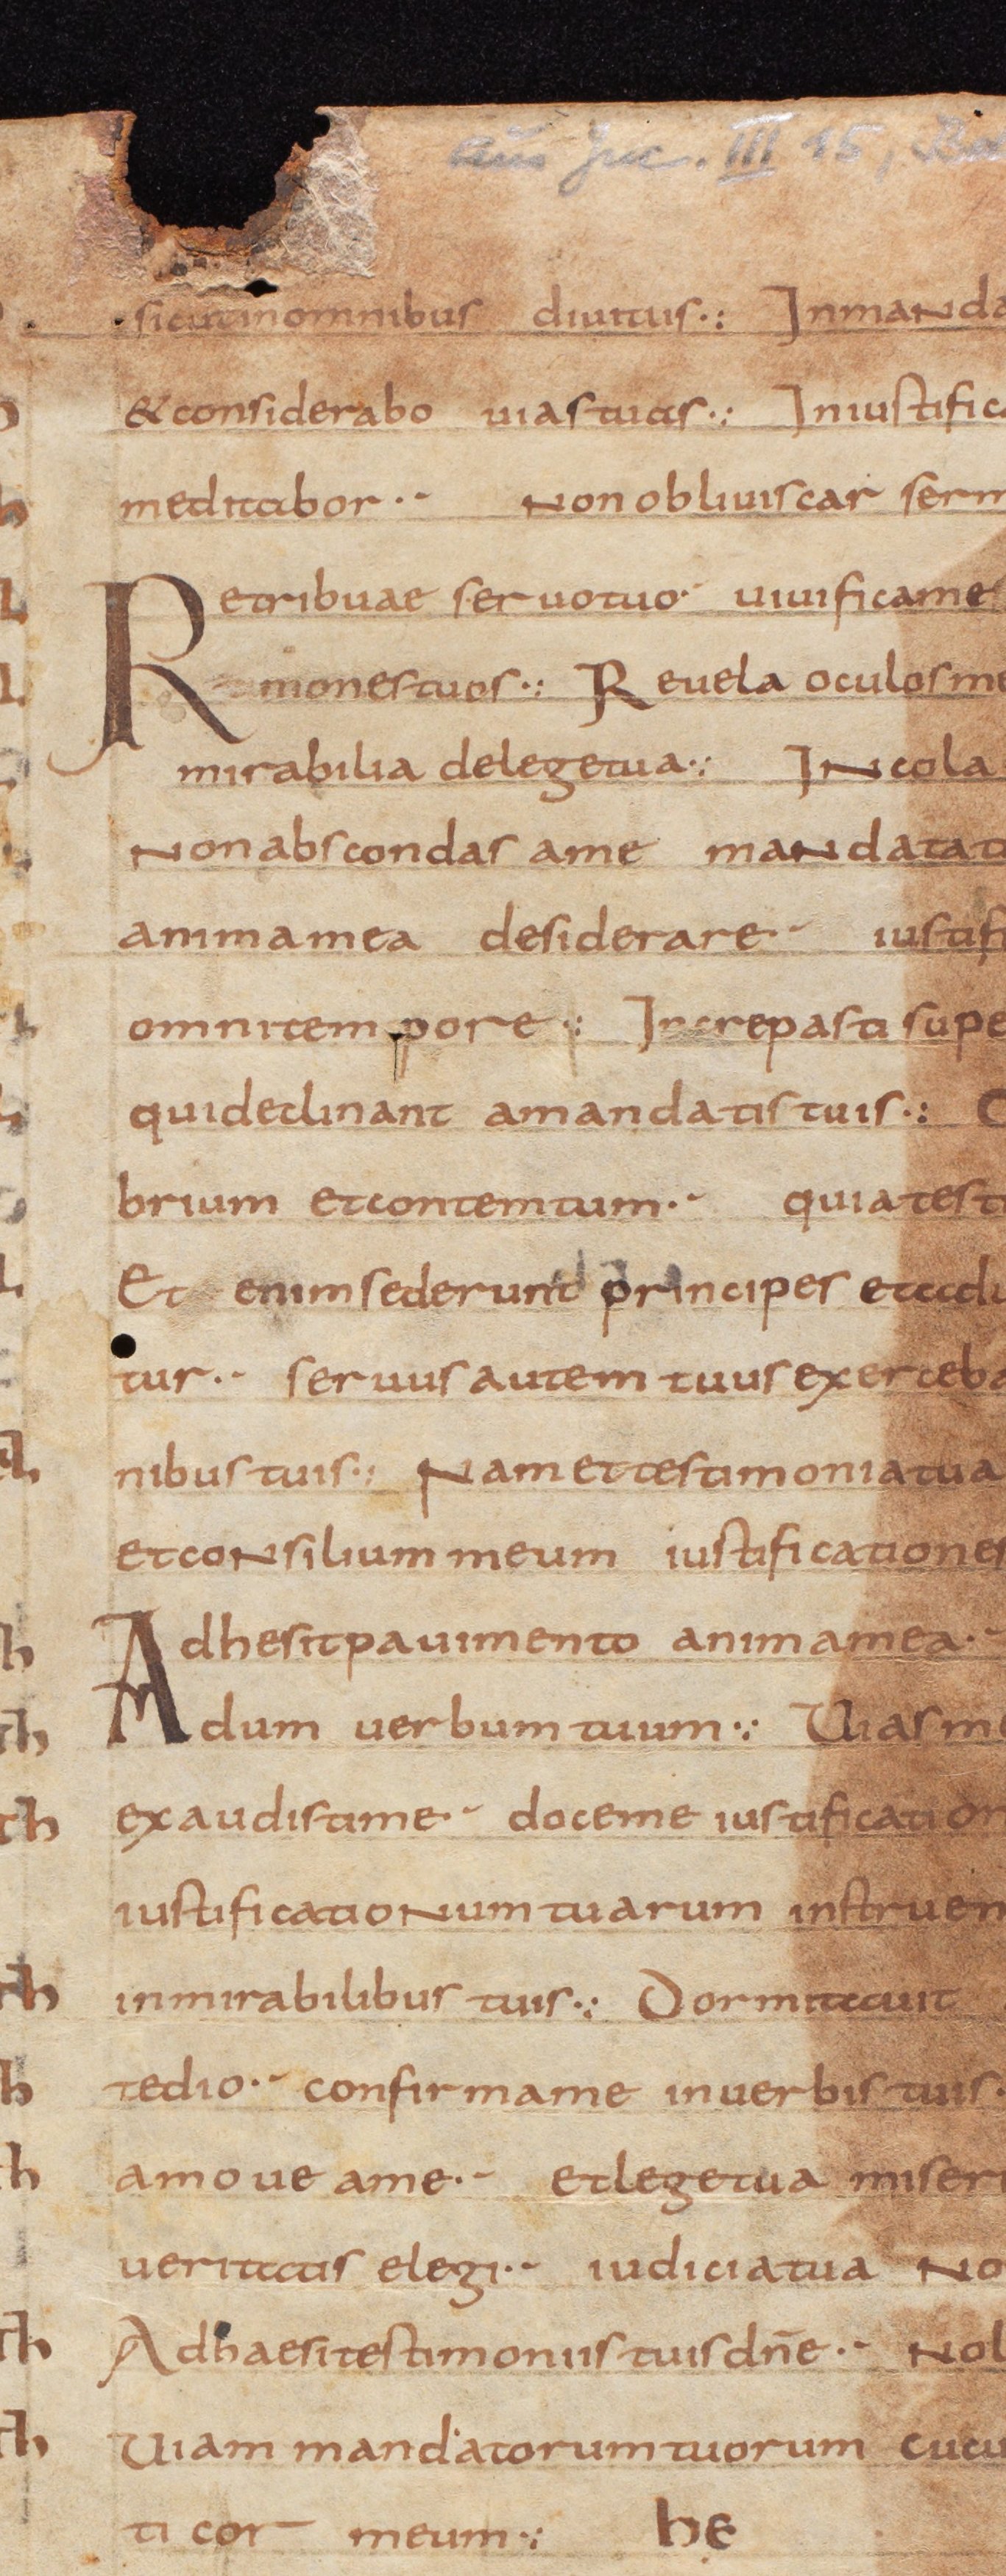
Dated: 800–815